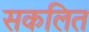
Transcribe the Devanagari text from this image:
सकलित